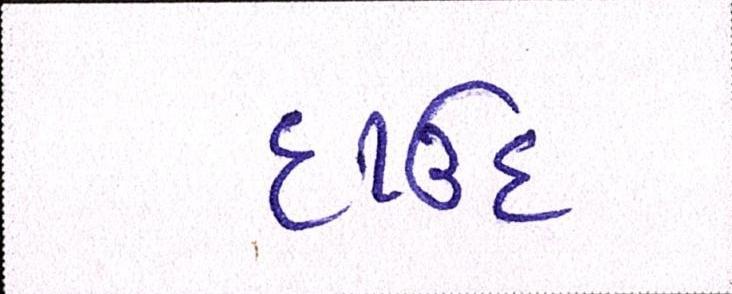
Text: દાઉદ